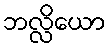
ဘလ္လိယော